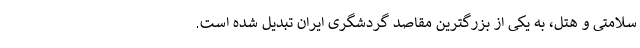
سلامتی و هتل، به یکی از بزرگترین مقاصد گردشگری ایران تبدیل شده است.